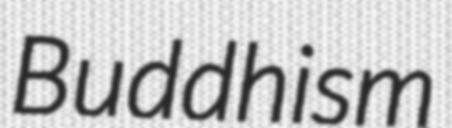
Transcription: Buddhism